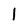
Character: 1